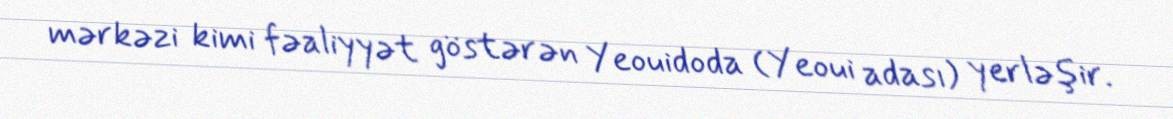
mərkəzi kimi fəaliyyət göstərən Yeouidoda (Yeoui adası) yerləşir.